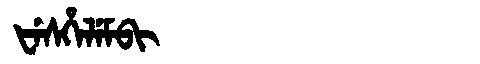
Manchu: ᡶᡝᠰᡥᡝᠯᡝᠮᠪᡳ
Romanization: FESHELEMBI